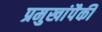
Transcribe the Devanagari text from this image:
प्रमुखांपैकी